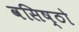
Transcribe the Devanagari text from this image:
वसिष्ठो